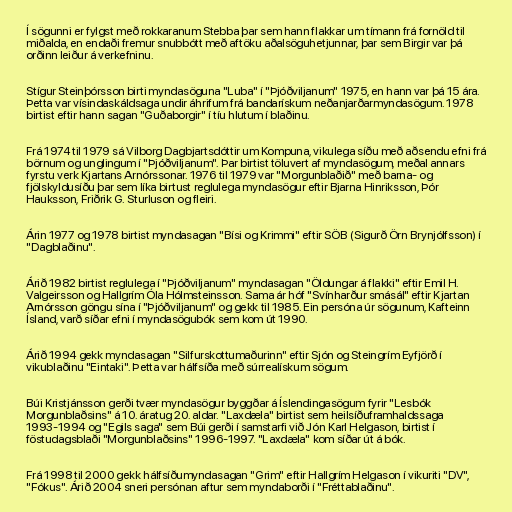
Í sögunni er fylgst með rokkaranum Stebba þar sem hann flakkar um tímann frá fornöld til
miðalda, en endaði fremur snubbótt með aftöku aðalsöguhetjunnar, þar sem Birgir var þá
orðinn leiður á verkefninu.

Stígur Steinþórsson birti myndasöguna "Luba" í "Þjóðviljanum" 1975, en hann var þá 15 ára.
Þetta var vísindaskáldsaga undir áhrifum frá bandarískum neðanjarðarmyndasögum. 1978
birtist eftir hann sagan "Guðaborgir" í tíu hlutum í blaðinu.

Frá 1974 til 1979 sá Vilborg Dagbjartsdóttir um Kompuna, vikulega síðu með aðsendu efni frá
börnum og unglingum í "Þjóðviljanum". Þar birtist töluvert af myndasögum, meðal annars
fyrstu verk Kjartans Arnórssonar. 1976 til 1979 var "Morgunblaðið" með barna- og
fjölskyldusíðu þar sem líka birtust reglulega myndasögur eftir Bjarna Hinriksson, Þór
Hauksson, Friðrik G. Sturluson og fleiri.

Árin 1977 og 1978 birtist myndasagan "Bísi og Krimmi" eftir SÖB (Sigurð Örn Brynjólfsson) í
"Dagblaðinu".

Árið 1982 birtist reglulega í "Þjóðviljanum" myndasagan "Öldungar á flakki" eftir Emil H.
Valgeirsson og Hallgrím Óla Hólmsteinsson. Sama ár hóf "Svínharður smásál" eftir Kjartan
Arnórsson göngu sína í "Þjóðviljanum" og gekk til 1985. Ein persóna úr sögunum, Kafteinn
Ísland, varð síðar efni í myndasögubók sem kom út 1990.

Árið 1994 gekk myndasagan "Silfurskottumaðurinn" eftir Sjón og Steingrím Eyfjörð í
vikublaðinu "Eintaki". Þetta var hálfsíða með súrrealískum sögum.

Búi Kristjánsson gerði tvær myndasögur byggðar á Íslendingasögum fyrir "Lesbók
Morgunblaðsins" á 10. áratug 20. aldar. "Laxdæla" birtist sem heilsíðuframhaldssaga
1993-1994 og "Egils saga" sem Búi gerði í samstarfi við Jón Karl Helgason, birtist í
föstudagsblaði "Morgunblaðsins" 1996-1997. "Laxdæla" kom síðar út á bók.

Frá 1998 til 2000 gekk hálfsíðumyndasagan "Grim" eftir Hallgrím Helgason í vikuriti "DV",
"Fókus". Árið 2004 sneri persónan aftur sem myndaborði í "Fréttablaðinu".